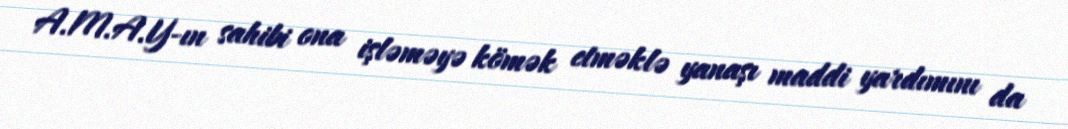
A.M.A.Y-ın sahibi ona işləməyə kömək etməklə yanaşı maddi yardımını da